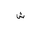
Letter: _shin